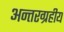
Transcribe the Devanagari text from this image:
अन्तरग्रहीय